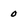
Character: 0